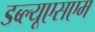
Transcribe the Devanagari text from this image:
डब्ल्यूएसएम